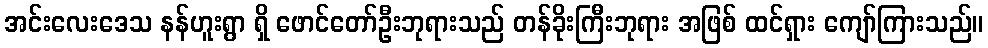
အင်းလေးဒေသ နန်ဟူးရွာ ရှိ ဖောင်တော်ဦးဘုရားသည် တန်ခိုးကြီးဘုရား အဖြစ် ထင်ရှား ကျော်ကြားသည်။